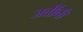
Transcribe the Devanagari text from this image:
जत्तींनी